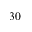
3 0